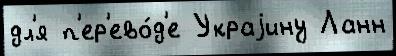
дл'я п'ер'ево́д'е Украjину Ланн